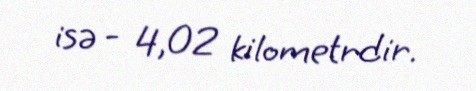
isə - 4,02 kilometrdir.